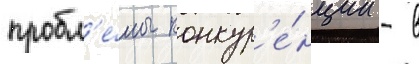
пробл'е́мы конкур'е́нции - в